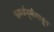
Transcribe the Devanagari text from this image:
पार्श्वभूमीमधून